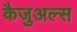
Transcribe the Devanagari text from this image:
कैजुअल्स